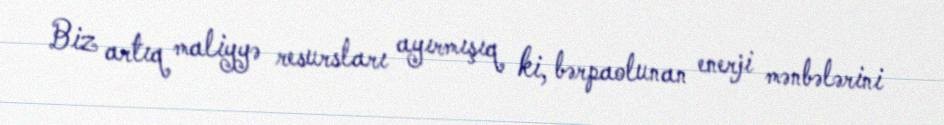
Biz artıq maliyyə resursları ayırmışıq ki, bərpaolunan enerji mənbələrini